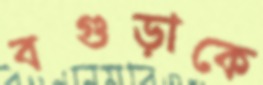
বগুড়াকে